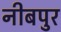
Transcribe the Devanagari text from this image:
नीबपुर